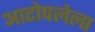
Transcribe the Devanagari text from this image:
आटोपलेला